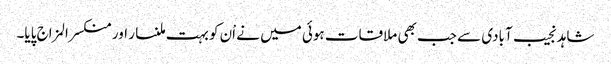
شاہد نجیب آبادی سے جب بھی ملاقات ہوئی میں نے اْن کو بہت ملنسار اور منکسرالمزاج پایا۔